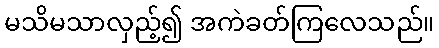
မသိမသာလှည့်၍ အကဲခတ်ကြလေသည်။